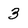
Character: 3